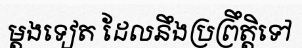
ម្តងទៀត ដែលនឹងប្រព្រឹត្តិទៅ